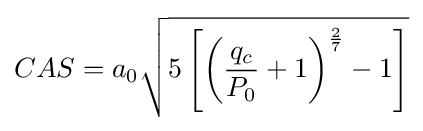
CAS=a_{0}{\sqrt {5\left[\left({\frac {q_{c}}{P_{0}}}+1\right)^{\frac {2}{7}}-1\right]}}